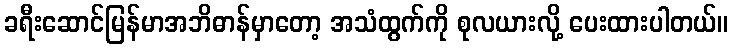
ခရီးဆောင်မြန်မာအဘိဓာန်မှာတော့ အသံထွက်ကို စုလယားလို့ ပေးထားပါတယ်။